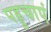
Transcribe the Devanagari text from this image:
पहुचाएं